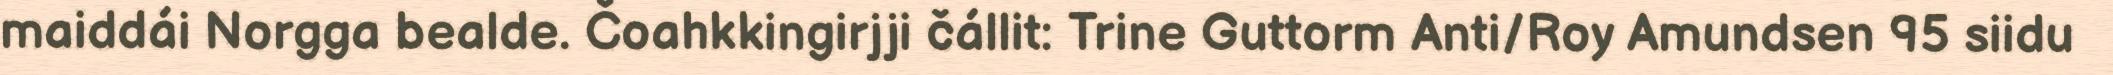
maiddái Norgga bealde. Čoahkkingirjji čállit: Trine Guttorm Anti/Roy Amundsen 95 siidu